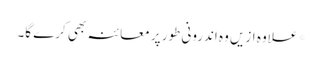
* علاوہ ازیں وہ اندرونی طور پر معائنہ بھی کرے گا۔